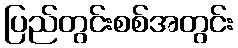
ပြည်တွင်းစစ်အတွင်း